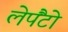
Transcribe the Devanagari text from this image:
लेपैंटो